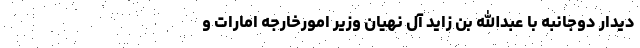
دیدار دوجانبه با عبدالله بن زاید آل نهیان وزیر امورخارجه امارات و